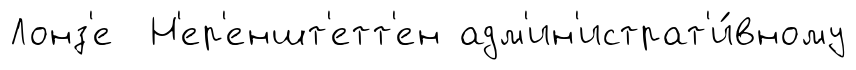
Лонз'е Н'ер'еншт'етт'ен адм'ин'истрат'и́вному